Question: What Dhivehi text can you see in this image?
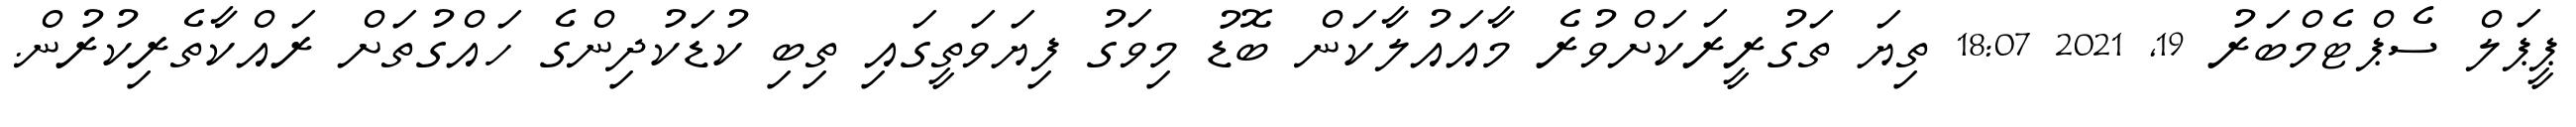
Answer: ޕީޕަލް ސެޕްޓެމްބަރު 19, 2021 18:07 ތިޔަ ތަގުރީރަކަށްވުރެ މާއައުލާކަން ބޮޑު މިވަގު ފިޔަވަތީގައި ތިބި ކުޑަކުދިންގެ ހައްގުތަށް ރައްކާތެރިކުރުން.